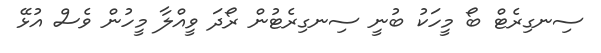
ސިނގިރެޓް ބޯ މީހަކު ބުނީ ސިނގިރެޓުން ރޯދަ ވީއްލާ މީހުން ވެސް އުޅޭ